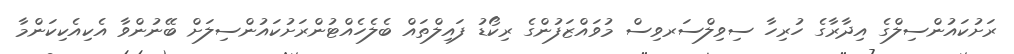
ރަށުކައުންސިލްގެ އިދާރާގެ ހުރިހާ ސިވިލްސަރވިސް މުވައްޒަފުންގެ ރިކޯޑު ފައިލްތައް ބެލެހެއްޓުންރަށުކައުންސިލަށް ބޭނުންވާ އެކިއެކިކަންމާ